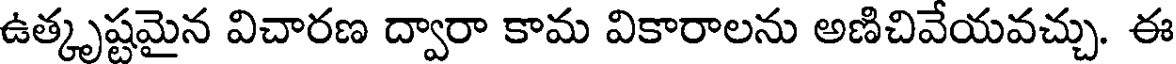
ఉత్కృష్టమైన విచారణ ద్వారా కామ వికారాలను అణిచివేయవచ్చు. ఈ